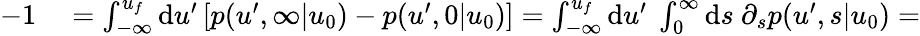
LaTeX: \begin{array}{rl}{-1}&{{}=\int_{-\infty}^{u_{f}}\mathrm{d}u^{\prime}\left[p(u^{\prime},\infty|u_{0})-p(u^{\prime},0|u_{0})\right]=\int_{-\infty}^{u_{f}}\mathrm{d}u^{\prime}\ \int_{0}^{\infty}\mathrm{d}s\ \partial_{s}p(u^{\prime},s|u_{0})=}\end{array}